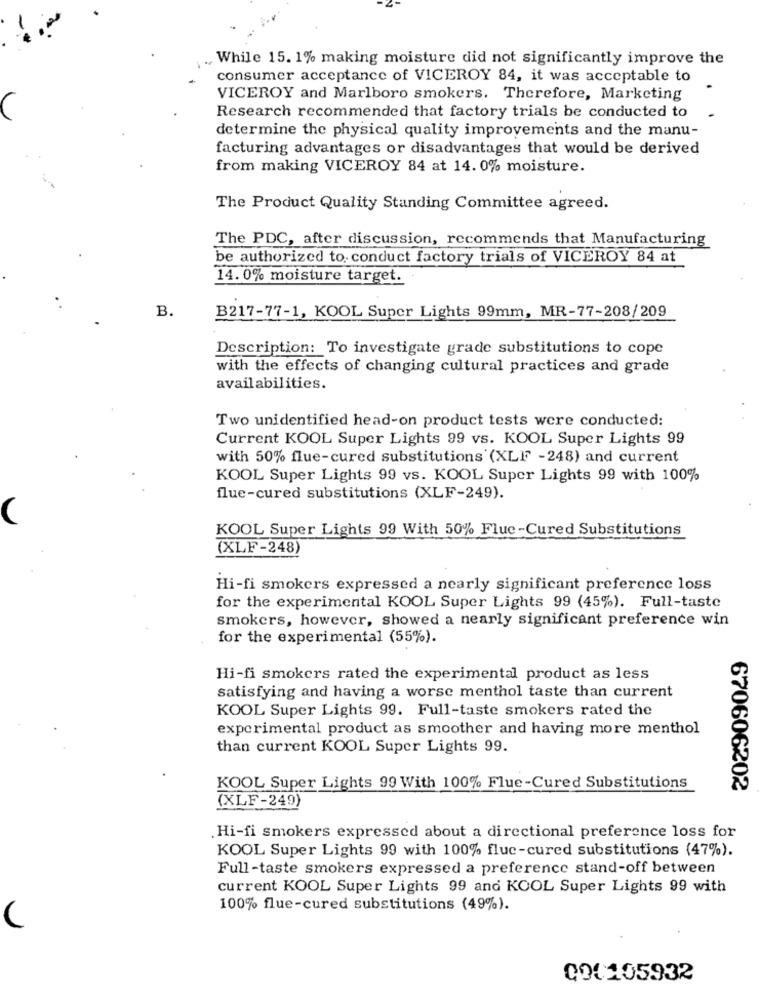
While 15. 1% making moisture did not significantly improve the
consumer acceptance of VICEROY 84, it was acceptable to
VICEROY and Marlboro smokers. Therefore, Marketing
Research recommended that factory trials be conducted to
determine the physical quality improvements and the manu-
facturing advantages or disadvantages that would be derived
from making VICEROY 84 at 14. 0% moisture.
The Product Quality Standing Committee agreed.
The PDC, after discussion, recommends that Manufacturing
be authorized to conduct factory trials of VICEROY 84 at
14. 0% moisture target.
B.
B217-77-1, KOOL Super Lights 99mm, MR-77-208/209
Description: To investigate grade substitutions to cope
with the effects of changing cultural practices and grade
availabilities.
Two unidentified head-on product tests were conducted:
Current KOOL Super Lights 99 vs. KOOL Super Lights 99
with 50% flue-cured substitutions (XLF -248) and current
KOOL Super Lights 99 vs. KOOL Super Lights 99 with 100%
flue-cured substitutions (XLF-249).
KOOL Super Lights 99 With 50% Fluc-Cured Substitutions
(XLF-248)
Hi-fi smokers expressed a nearly significant preference loss
for the experimental KOOL Super Lights 99 (45%). Full-taste
smokers, however, showed a nearly significant preference win
for the experimental (55%).
Hi-fi smokers rated the experimental product as less
satisfying and having a worse menthol taste than current
KOOL Super Lights 99. Full-taste smokers rated the
experimental product as smoother and having more menthol
than current KOOL Super Lights 99.
KOOL Super Lights 99 With 100% Flue-Cured Substitutions
670606202
(XLF-249)
Hi-fi smokers expressed about a directional preference loss for
KOOL Super Lights 99 with 100% fluc-cured substitutions (47%).
Full-taste smokers expressed a preference stand-off between
current KOOL Super Lights 99 and KOOL Super Lights 99 with
100% flue-cured substitutions (49%).
(
000105932